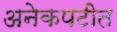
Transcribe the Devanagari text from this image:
अनेकपटीत